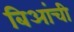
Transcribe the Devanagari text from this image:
बिआंची